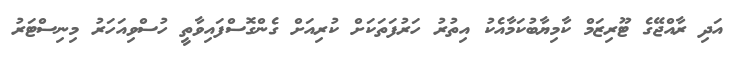
އަދި ރާއްޖޭގެ ޓޫރިޒަމް ކާމިޔާބުކަމާއެކު އިތުރު ހަރުފަތަކަށް ކުރިއަށް ގެންގޮސްފައިވާތީ ހުސްވިއަހަރު މިނިސްޓަރު